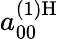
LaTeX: a_{00}^{(1)\mathrm{H}}